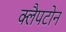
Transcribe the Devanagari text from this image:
क्लैपटोन